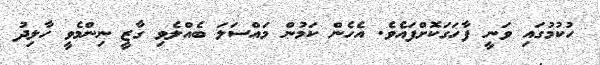
ހުކުމުގައި ވަނީ ފާހަގަކޮށްފައެވެ. އެހެން ކަމުން މައްސަލަ ބެއްލެވި ގާޒީ ނިންމެވީ ހާލިދު